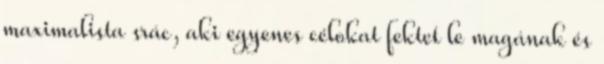
maximalista srác, aki egyenes célokat fektet le magának és